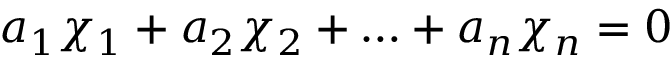
a _ { 1 } \chi _ { 1 } + a _ { 2 } \chi _ { 2 } + \ldots + a _ { n } \chi _ { n } = 0